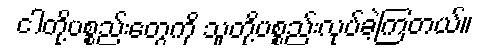
ငါတို့ပစ္စည်းတွေကို သူတို့ပစ္စည်းလုပ်ခဲ့ကြတယ်။